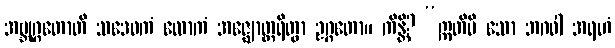
အဗ္ဘုဂ္ဂတောတိ သဒေဝကံ လောကံ အဇ္ဈောတ္ထရိတွာ ဥဂ္ဂတော။ ကိန္တိ? “ဣတိပိ သော ဘဂဝါ အရဟံ